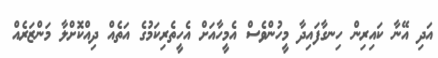
އަދި އޭނާ ކައިރިން ހިނގާފައިދާ މީހުންވެސް އެމީހާއަށް އެހީތެރިކަމުގެ އަތެއް ދިއްކޮށްލާ މަންޒަރެއް